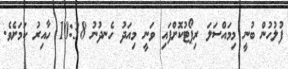
ފުލުހުން ބުނީ މިމައްސަލަ ރިޕޯޓުކޮށްފައި ވަނީ މިއަދު ހެނދުނު 10:38 ހާއިރު ކަމަށެވެ.